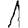
Digit: 1